Annual administration report of the Civil Veterinary Department of India - 1895-1896
Year: 1895
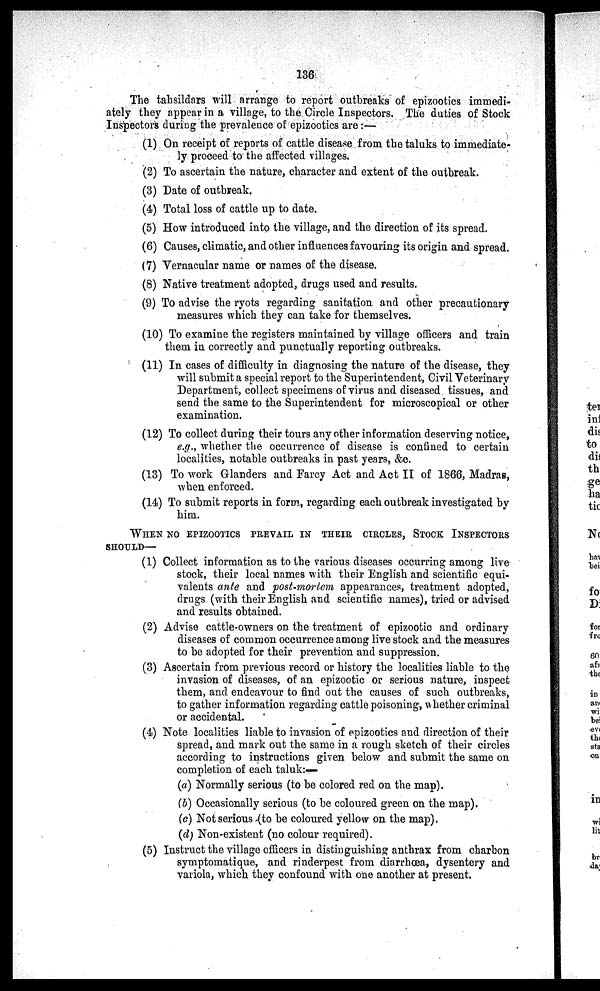
136
The tahsildars will arrange to report outbreaks of epizootics immedi-
ately they appear in a village, to the Circle Inspectors. The duties of Stock
Inspectors during the prevalence of epizootics are:—
(1) On receipt of reports of cattle disease from the taluks to immediate-
ly proceed to the affected villages.
(2) To ascertain the nature, character and extent of the outbreak.
(3) Date of outbreak.
(4) Total loss of cattle up to date.
(5) How introduced into the village, and the direction of its spread.
(6) Causes, climatic, and other influences favouring its origin and spread.
(7) Vernacular name or names of the disease.
(8) Native treatment adopted, drugs used and results.
(9) To advise the ryots regarding sanitation and other precautionary
measures which they can take for themselves.
(10) To examine the registers maintained by village officers and train
them in correctly and punctually reporting outbreaks.
(11) In cases of difficulty in diagnosing the nature of the disease, they
will submit a special report to the Superintendent, Civil "Veterinary
Department, collect specimens of virus and diseased tissues, and
send the same to the Superintendent for microscopical or other
examination.
(12) To collect during their tours any other information deserving notice,
e.g., whether the occurrence of disease is confined to certain
localities, notable outbreaks in past years, &c.
(13) To work Glanders and Farcy Act and Act II of 1866, Madras,
when enforced.
(14) To submit reports in form, regarding each outbreak investigated by
him.
WHEN NO EPIZOOTICS PREVAIL IN THEIR CIRCLES, STOCK INSPECTORS
SHOULD—
(1) Collect information as to the various diseases occurring among live
stock, their local names with their English and scientific equi-
valents ante and post-mortem appearances, treatment adopted,
drugs (with their English and scientific names), tried or advised
and results obtained.
(2) Advise cattle-owners on the treatment of epizootic and ordinary
diseases of common occurrence among live stock and the measures
to be adopted for their prevention and suppression.
(3) Ascertain from previous record or history the localities liable to the
invasion of diseases, of an epizootic or serious nature, inspect
them, and endeavour to find out the causes of such outbreaks,
to gather information regarding cattle poisoning, whether criminal
or accidental.
(4) Note localities liable to invasion of epizootics and direction of their
spread, and mark out the same in a rough sketch of their circles
according to instructions given below and submit the same on
completion of each taluk:—
(a) Normally serious (to be colored red on the map).
(b) Occasionally serious (to be coloured green on the map).
(c) Not serious (to be coloured yellow on the map).
(d) Non-existent (no colour required).
(5) Instruct the village officers in distinguishing anthrax from charbon
symptomatique, and rinderpest from diarrhoea, dysentery and
variola, which they confound with one another at present.